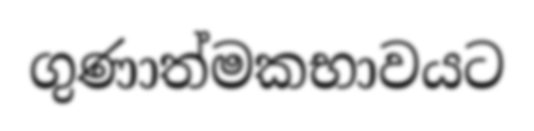
ගුණාත්මකභාවයට